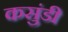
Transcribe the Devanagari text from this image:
कसुंडी